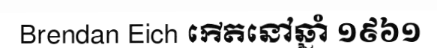
Brendan Eich កើតនៅឆ្នាំ ១៩៦១